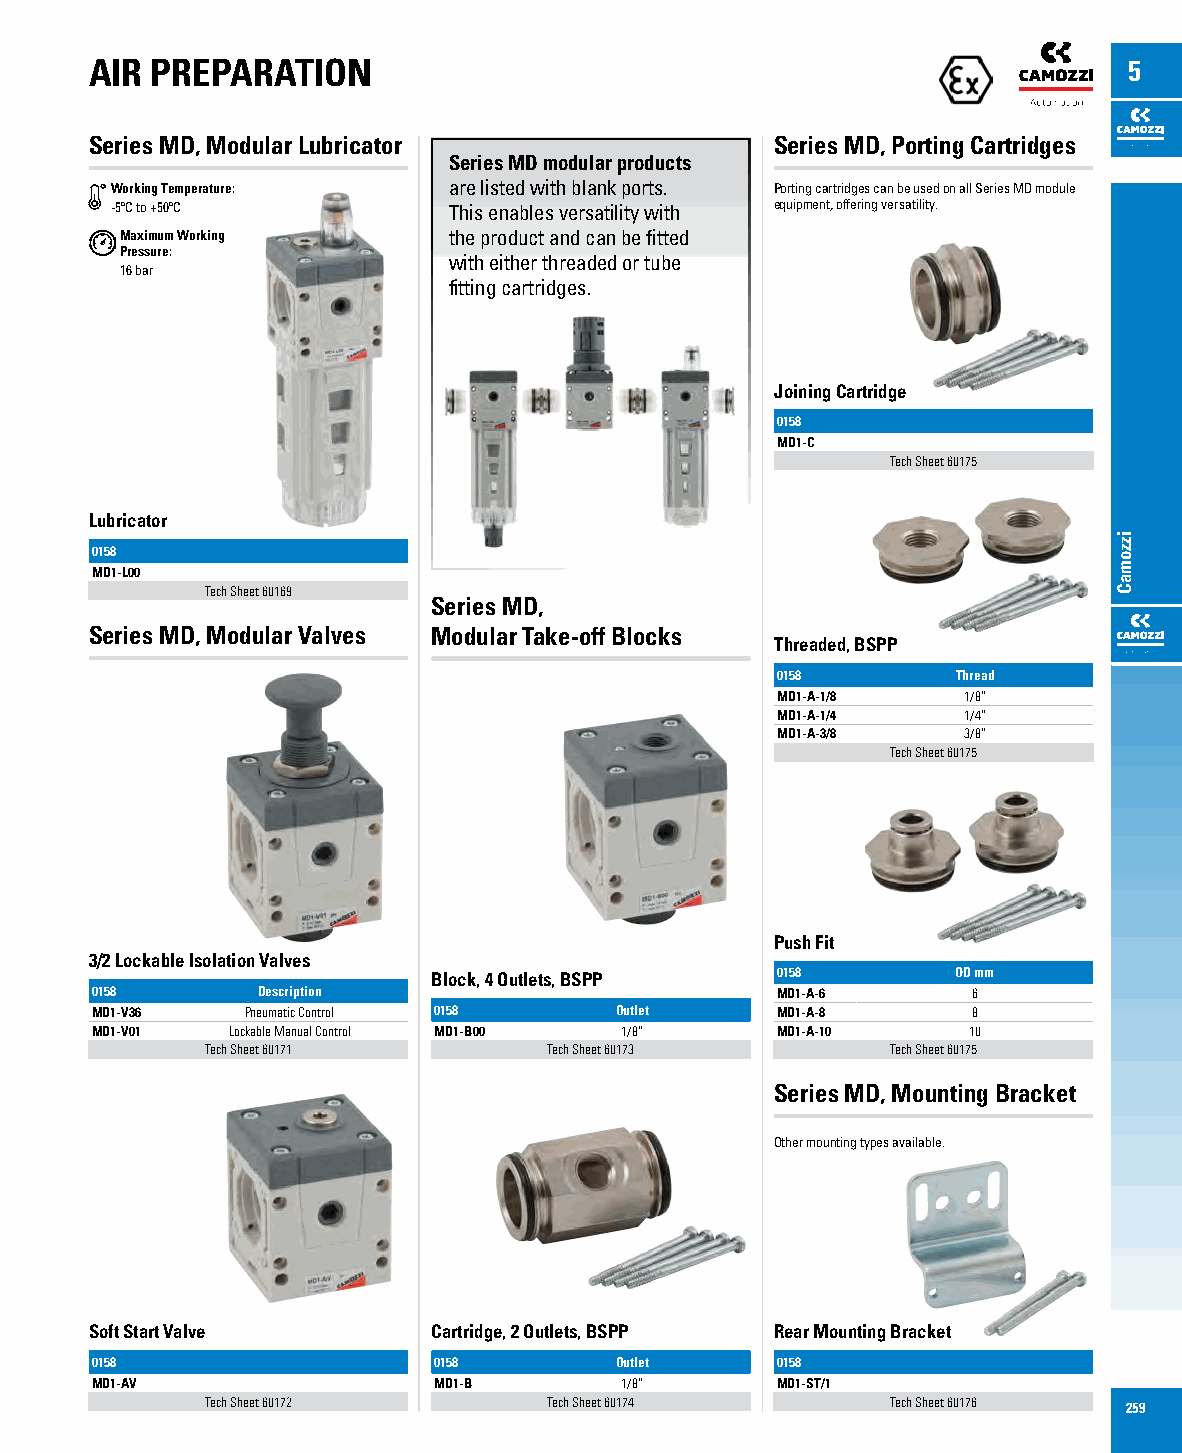
AIR PREPARATION                                                      5
 Series MD, Modular Lubricator                Series MD, Porting Cartridges
 Series MD modular products
 Working Temperature:   are listed with blank ports. Porting cartridges can be used on all Series MD module
 -5ºC to +50ºC          This enables versatility with equipment, offering versatility.
 Maximum Working       the product and can be fitted
 Pressure:
 with either threaded or tube
 16 bar
 fitting cartridges.
 Joining Cartridge
 0158
 MD1-C
 Tech Sheet 60175
 Lubricator
 0158
 MD1-L00
 Tech Sheet 60169
 Series MD,
 Series MD, Modular Valves Modular Take-off Blocks
 Threaded, BSPP
 0158        Thread
 MD1-A-1/8    1/8”
 MD1-A-1/4    1/4”
 MD1-A-3/8    3/8”
 Tech Sheet 60175
 Push Fit
 3/2 Lockable Isolation Valves
 Block, 4 Outlets, BSPP 0158       OD mm
 0158       Description                       MD1-A-6      6
 MD1-V36   Pneumatic Control 0158   Outlet    MD1-A-8      8
 MD1-V01  Lockable Manual Control MD1-B00 1/8” MD1-A-10    10
 Tech Sheet 60171      Tech Sheet 60173       Tech Sheet 60175
 Series MD, Mounting Bracket
 Other mounting types available.
 Soft Start Valve       Cartridge, 2 Outlets, BSPP Rear Mounting Bracket
 0158                   0158        Outlet    0158
 MD1-AV                 MD1-B       1/8”      MD1-ST/1
 Tech Sheet 60172      Tech Sheet 60174       Tech Sheet 60176 259
 izzomaC